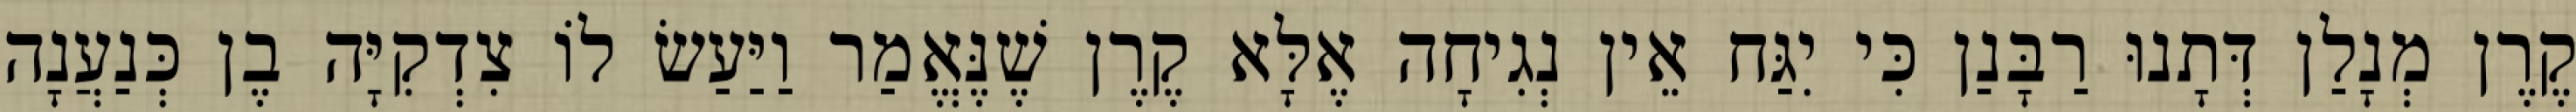
קֶרֶן מְנָלַן דְּתָנוּ רַבָּנַן כִּי יִגַּח אֵין נְגִיחָה אֶלָּא קֶרֶן שֶׁנֶּאֱמַר וַיַּעַשׂ לוֹ צִדְקִיָּה בֶן כְּנַעֲנָה